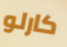
كارلو